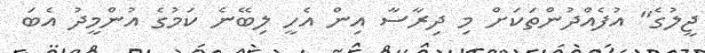
ޖީލުގެ" އުފެއްދުންތަކަށް މި ދިރާސާ އިން އެހީ ލިބޭނެ ކަމުގެ އުންމީދު އެބަ